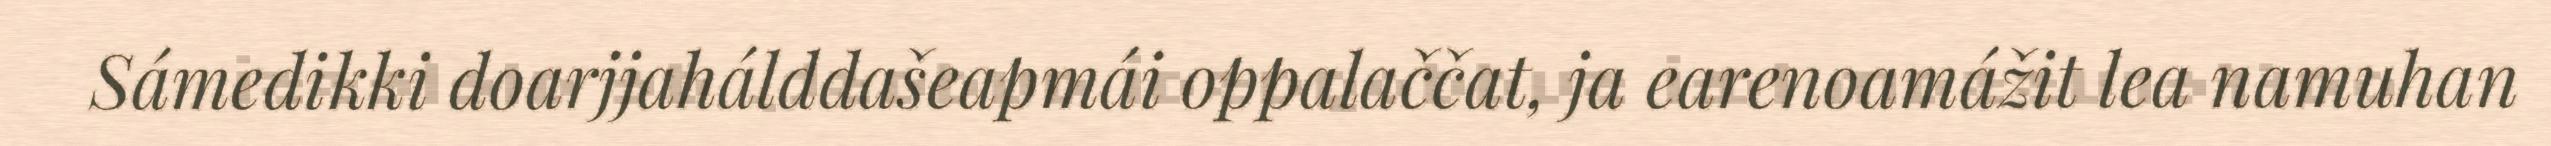
Sámedikki doarjjahálddašeapmái oppalaččat, ja earenoamážit lea namuhan